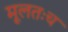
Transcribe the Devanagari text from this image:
मूलतःच